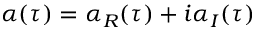
\: \alpha ( \tau ) = \alpha _ { R } ( \tau ) + i \alpha _ { I } ( \tau ) \: